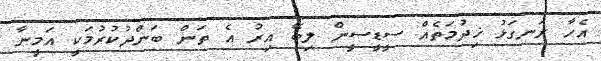
އެހާ ރަނގަޅު ޚިދުމަތެއް ސީޑީސީން ލިބޭ އިރު އެ ތަން ބަންދުކުރުމަކީ އަމީނާ